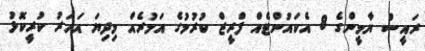
ރައީސް ޔާމީންގެ 8 އެކައުންޓެއް ފްރީޒް ކުރުމުގެ އަމުރެއް މިދިޔަ އަހަރު ކުރީކޮޅު